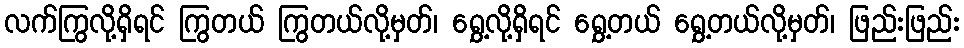
လက်ကြွလို့ရှိရင် ကြွတယ် ကြွတယ်လို့မှတ်၊ ရွှေ့လို့ရှိရင် ရွှေ့တယ် ရွှေ့တယ်လို့မှတ်၊ ဖြည်းဖြည်း